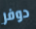
دوفر